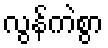
လွန်ကဲစွာ